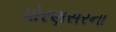
ધોરણસરના